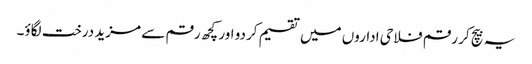
یہ بیچ کر رقم فلاحی اداروں میں تقسیم کردو اور کچھ رقم سے مزید درخت لگاؤ۔